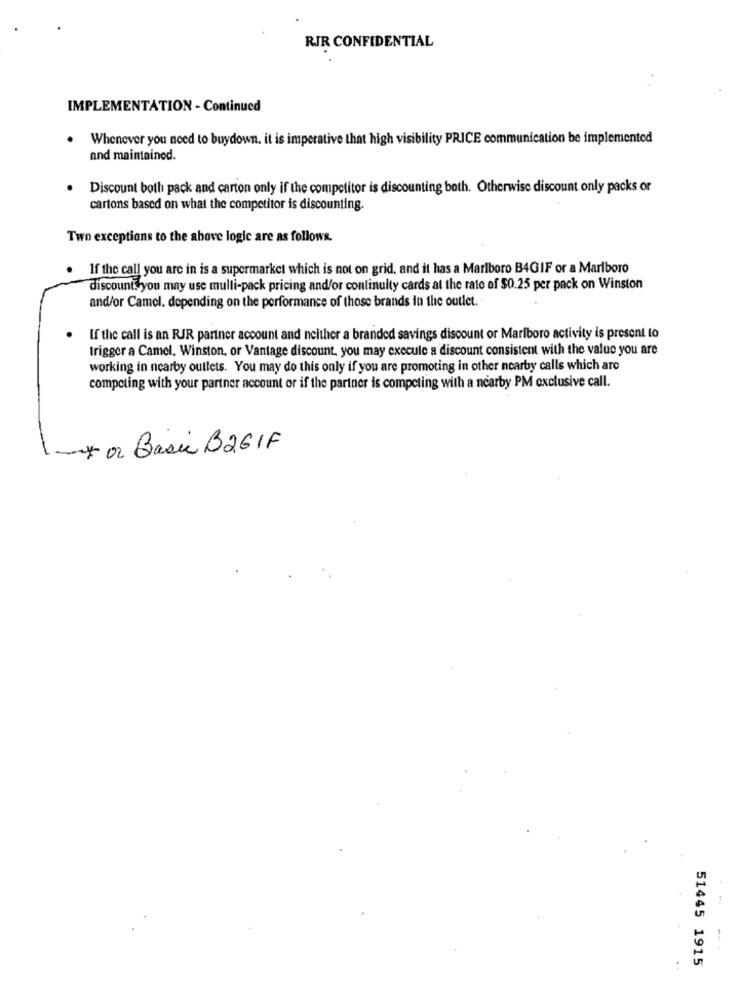
RJR CONFIDENTIAL
IMPLEMENTATION - Continued
.
Whenever you need to buydown. it is imperative that high visibility PRICE communication be implemented
and maintained.
.
Discount both pack and carton only if the competitor is discounting both. Otherwise discount only packs or
cartons based on what the competitor is discounting.
Two exceptions to the above logic are as follows.
If the call you are in is a supermarket which is not on grid, and it has a Marlboro B4GIF or a Marlboro
discount. you may use mulli-pack pricing and/or continuity cards at the rate of $0.25 per pack on Winston
and/or Camel. depending on the performance of those brands in the outlet. .
.
If the call is an RJR partner account and neither a branded savings discount or Marlboro activity is present to
trigger a Camel. Winston, or Vantage discount, you may execule a discount consistent with the value you are
working in nearby outlets. You may do this only if you are promoting in other nearby calls which are
competing with your partner account or if the partner is competing with a nearby PM exclusive call.
* or Basic B261F
51445 1915